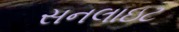
સનલાઇટ